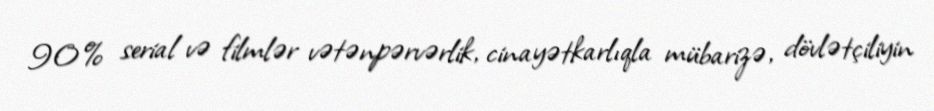
90% serial və filmlər vətənpərvərlik, cinayətkarlıqla mübarizə, dövlətçiliyin